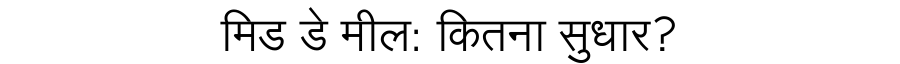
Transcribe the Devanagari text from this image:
मिड डे मील: कितना सुधार?